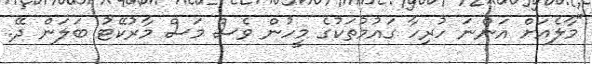
"މާލެއަށް އަންނަ ހުރިހާ ގައުމުތަކުގެ މީހުން ވެސް މަސް މާރުކޭޓު ބަލަން ދޭ.